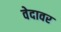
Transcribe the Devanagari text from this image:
वेदावर